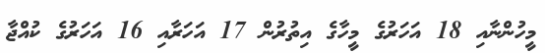
މީހުންނާއި 18 އަހަރުގެ މީހާގެ އިތުރުން 17 އަހަރާއި 16 އަހަރުގެ ކުއްޖާ